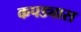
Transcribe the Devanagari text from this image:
कपड्यास